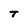
Character: T